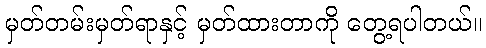
မှတ်တမ်းမှတ်ရာနှင့် မှတ်ထားတာကို တွေ့ရပါတယ်။